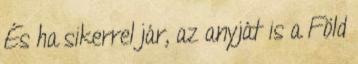
És ha sikerrel jár, az anyját is a Föld